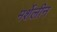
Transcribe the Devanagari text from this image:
मर्शेलीन